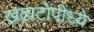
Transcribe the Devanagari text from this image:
खटाटोपींध्ये